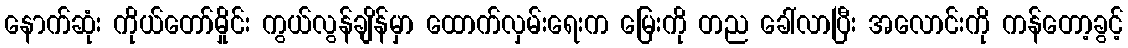
နောက်ဆုံး ကိုယ်တော်မှိုင်း ကွယ်လွန်ချိန်မှာ ထောက်လှမ်းရေးက မြေးကို တည ခေါ်လာပြီး အလောင်းကို ကန်တော့ခွင့်